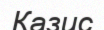
Казис